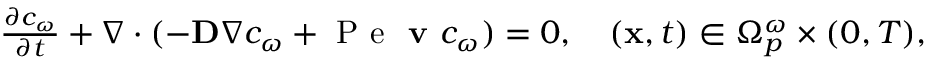
\begin{array} { r } { \frac { \partial c _ { \omega } } { \partial t } + \nabla \cdot ( - \textbf D \nabla c _ { \omega } + \mathrm { ~ P ~ e ~ } \textbf { v } c _ { \omega } ) = 0 , \quad ( \textbf x , t ) \in { \Omega } _ { p } ^ { \omega } \times ( 0 , T ) , } \end{array}